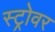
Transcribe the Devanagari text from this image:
स्ट्रोवर